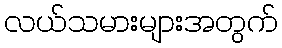
လယ်သမားများအတွက်